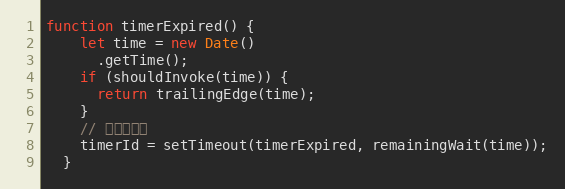
Language: JavaScript
function timerExpired() {
    let time = new Date()
      .getTime();
    if (shouldInvoke(time)) {
      return trailingEdge(time);
    }
    // 重启定时器
    timerId = setTimeout(timerExpired, remainingWait(time));
  }